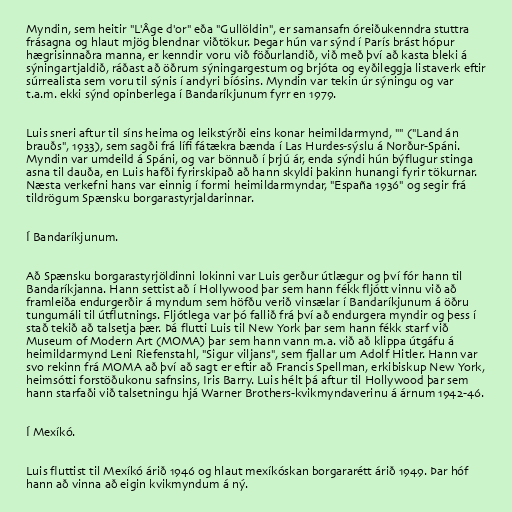
Myndin, sem heitir "L'Âge d'or" eða "Gullöldin", er samansafn óreiðukenndra stuttra
frásagna og hlaut mjög blendnar viðtökur. Þegar hún var sýnd í París brást hópur
hægrisinnaðra manna, er kenndir voru við föðurlandið, við með því að kasta bleki á
sýningartjaldið, ráðast að öðrum sýningargestum og brjóta og eyðileggja listaverk eftir
súrrealista sem voru til sýnis í andyri bíósins. Myndin var tekin úr sýningu og var
t.a.m. ekki sýnd opinberlega í Bandaríkjunum fyrr en 1979.

Luis sneri aftur til síns heima og leikstýrði eins konar heimildarmynd, "" ("Land án
brauðs", 1933), sem sagði frá lífi fátækra bænda í Las Hurdes-sýslu á Norður-Spáni.
Myndin var umdeild á Spáni, og var bönnuð í þrjú ár, enda sýndi hún býflugur stinga
asna til dauða, en Luis hafði fyrirskipað að hann skyldi þakinn hunangi fyrir tökurnar.
Næsta verkefni hans var einnig í formi heimildarmyndar, "España 1936" og segir frá
tildrögum Spænsku borgarastyrjaldarinnar.

Í Bandaríkjunum.

Að Spænsku borgarastyrjöldinni lokinni var Luis gerður útlægur og því fór hann til
Bandaríkjanna. Hann settist að í Hollywood þar sem hann fékk fljótt vinnu við að
framleiða endurgerðir á myndum sem höfðu verið vinsælar í Bandaríkjunum á öðru
tungumáli til útflutnings. Fljótlega var þó fallið frá því að endurgera myndir og þess í
stað tekið að talsetja þær. Þá flutti Luis til New York þar sem hann fékk starf við
Museum of Modern Art (MOMA) þar sem hann vann m.a. við að klippa útgáfu á
heimildarmynd Leni Riefenstahl, "Sigur viljans", sem fjallar um Adolf Hitler. Hann var
svo rekinn frá MOMA að því að sagt er eftir að Francis Spellman, erkibiskup New York,
heimsótti forstöðukonu safnsins, Iris Barry. Luis hélt þá aftur til Hollywood þar sem
hann starfaði við talsetningu hjá Warner Brothers-kvikmyndaverinu á árnum 1942-46.

Í Mexíkó.

Luis fluttist til Mexíkó árið 1946 og hlaut mexíkóskan borgararétt árið 1949. Þar hóf
hann að vinna að eigin kvikmyndum á ný.